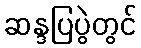
ဆန္ဒပြပွဲတွင်